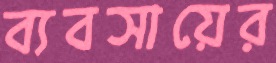
ব্যবসায়ের